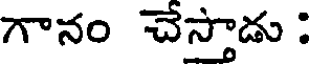
గానం చేస్తాడు :